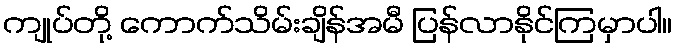
ကျုပ်တို့ ကောက်သိမ်းချိန်အမီ ပြန်လာနိုင်ကြမှာပါ။